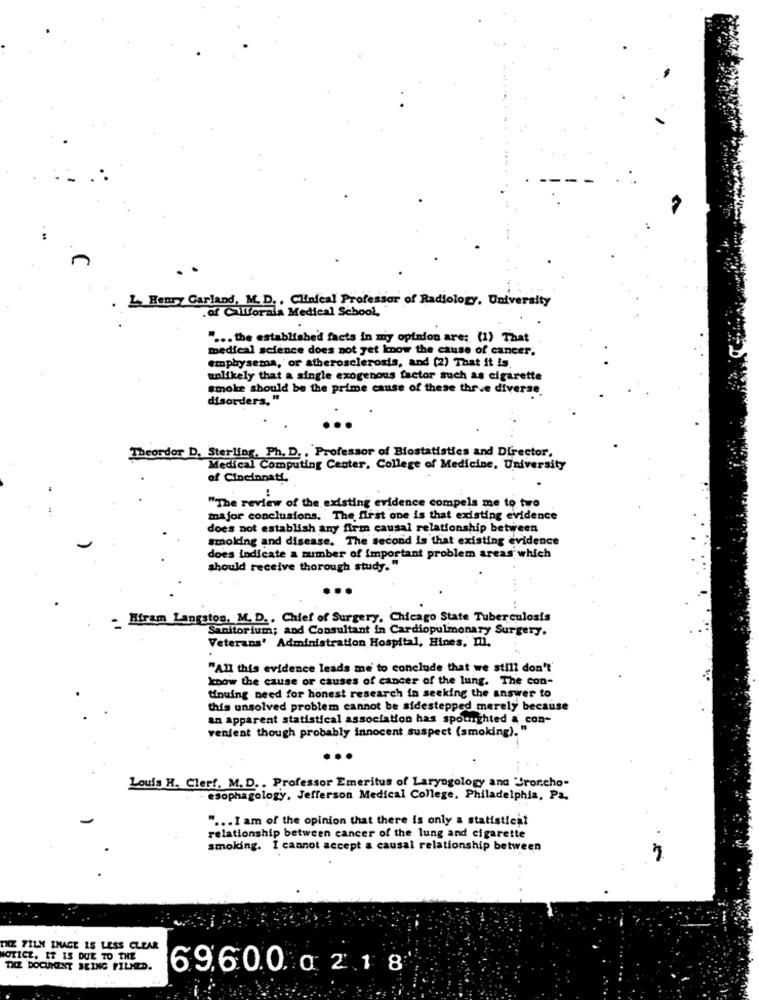
n
Henry Garland, M. D. , Clinical Professor of Radiology, University
.of California Medical School,
" ... the established facts in my opinion are: (1) That
medical science does not yet know the cause of cancer.
emphysema, or atherosclerosis, and (2) That it is
unlikely that a single exogenous factor such as cigarette
smoke should be the prime cause of these thrve diverse
disorders, "
Theordor D. Sterling, Ph. D. , Professor of Biostatistics and Director,
Medical Computing Center, College of Medicine, University
of Cincinnati,
"The review of the existing evidence compels me to two
major conclusions. The first one is that existing evidence
does not establish any firm causal relationship between
smolding and disease. The second is that existing evidence
does indicate a number of important problem areas which
should receive thorough study."
. Hiram Langston, M. D ., Chief of Surgery, Chicago State Tuberculosis
Sanitorium; and Consultant in Cardiopulmonary Surgery.
Veterans' Administration Hospital, Hines, Di.
"All this evidence leads me to conclude that we still don't
know the cause or causes of cancer of the lung. The con-
tinuing need for honest research in seeking the answer to
this unsolved problem cannot be sidestepped merely because
an apparent statistical association has spourghted a con-
venient though probably innocent suspect (smoking). "
Louis H. Clerf, M. D. . Professor Emeritus of Laryngology and 'Sroncho-
esophagology, Jefferson Medical College, Philadelphia, Pa.
" ... I am of the opinion that there is only a statistical
relationship between cancer of the lung and cigarette
smoking. I cannot accept a causal relationship between
THE FILM IMAGE IS LESS CLEAR
NOTICE. IT IS DUE TO THE
THE DOCUMENT BEING FILMED.
69.60.0 0 2.18